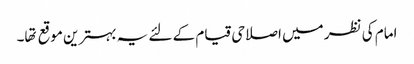
امام کی نظر میں اصلاحی قیام کے لئے یہ بہترین موقع تها۔